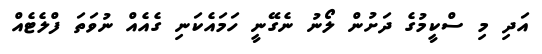
އަދި މި ސްކީމުގެ ދަށުން ލޯނު ނެގޭނީ ހަމައެކަނި ގެއެއް ނުވަތަ ފްލެޓެއް